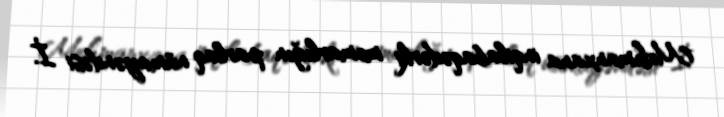
Mehmanxana inqilabaqədərki memarlığın parlaq nümayəndəsi İ.